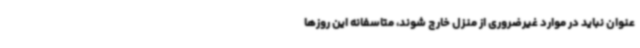
عنوان نباید در موارد غیرضروری از منزل خارج شوند، متاسفانه این روزها